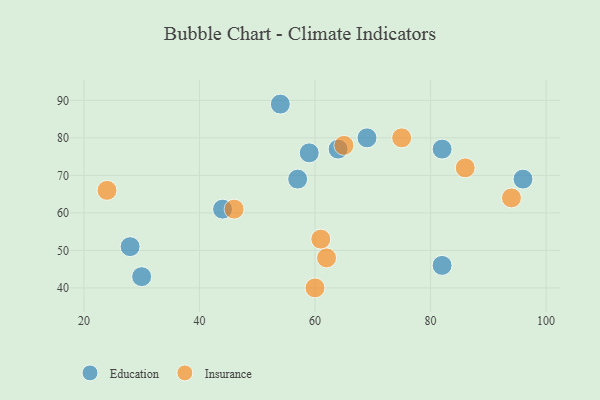
{"axis": {"x": "GDP", "y": "Life Expectancy"}, "legend": ["Education", "Insurance"], "data": [{"x": "69", "y": 80, "type": "Education"}, {"x": "96", "y": 69, "type": "Education"}, {"x": "44", "y": 61, "type": "Education"}, {"x": "57", "y": 69, "type": "Education"}, {"x": "30", "y": 43, "type": "Education"}, {"x": "82", "y": 77, "type": "Education"}, {"x": "28", "y": 51, "type": "Education"}, {"x": "54", "y": 89, "type": "Education"}, {"x": "59", "y": 76, "type": "Education"}, {"x": "82", "y": 46, "type": "Education"}, {"x": "64", "y": 77, "type": "Education"}, {"x": "86", "y": 72, "type": "Insurance"}, {"x": "94", "y": 64, "type": "Insurance"}, {"x": "61", "y": 53, "type": "Insurance"}, {"x": "75", "y": 80, "type": "Insurance"}, {"x": "46", "y": 61, "type": "Insurance"}, {"x": "62", "y": 48, "type": "Insurance"}, {"x": "60", "y": 40, "type": "Insurance"}, {"x": "24", "y": 66, "type": "Insurance"}, {"x": "65", "y": 78, "type": "Insurance"}]}